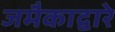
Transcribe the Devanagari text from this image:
जमैकाद्वारे